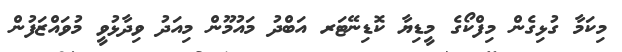
މިކަމާ ގުޅިގެން މިފްކޯގެ މީޑިޔާ ކޮޑިނޭޓަރ އަބްދު މައުމޫން މިއަދު ވިދާޅުވީ މުވައްޒަފުން